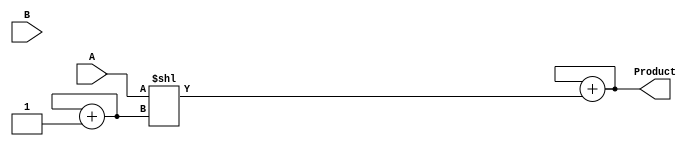
module shift_add_multiplier (
    input wire [7:0] A,
    input wire [7:0] B,
    output reg [15:0] Product
);

reg [7:0] partial_product;
reg [3:0] shift_count;

initial begin
    Product = 16'b0;
    partial_product = 8'b0;
    shift_count = 4'b0;
end

always @(A or B) begin
    partial_product = A << shift_count; // shift A by shift_count
    Product = Product + partial_product; // add partial_product to Product
    shift_count = shift_count + 1; // increment shift_count
end

endmodule